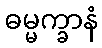
ဓမ္မက္ခာနံ